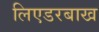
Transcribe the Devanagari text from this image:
लिएडरबाख